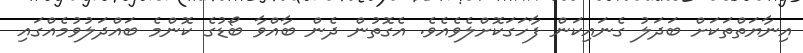
އިނާޔަތްތަކަށް ބަދަލު ގެނައިކަން ފާހަގަކޮށްލެވެއެވެ. އެގޮތުން ދެން ބާއްވާ ބޯޑުގެ ކޮންމެ ބައްދަލުވުމެއްގައި